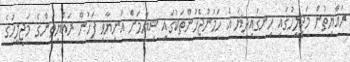
ރައްޔިތުން މަޖިލީހުގައި ހިނގައިދިޔަ އެ ހަމަނުޖެހުންތަކުގައި ޝިޔާމަށް އަނިޔާވި ފަހުން ރައްޔިތުންގެ މަޖިލީހުގެ